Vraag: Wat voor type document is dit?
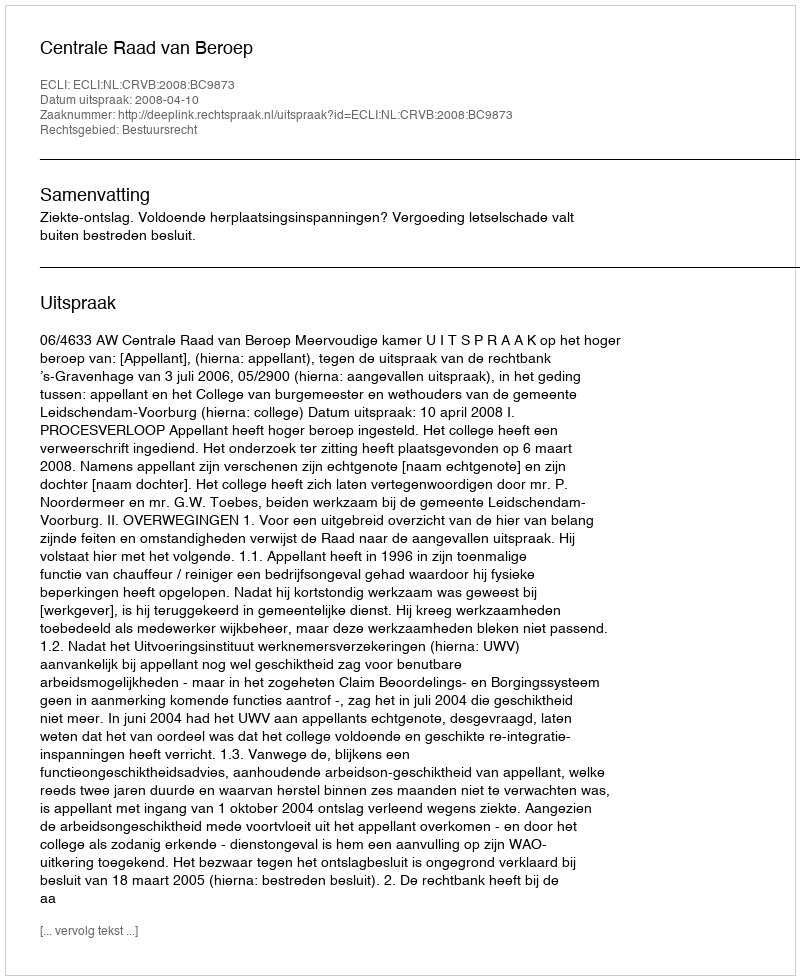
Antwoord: Uitspraak